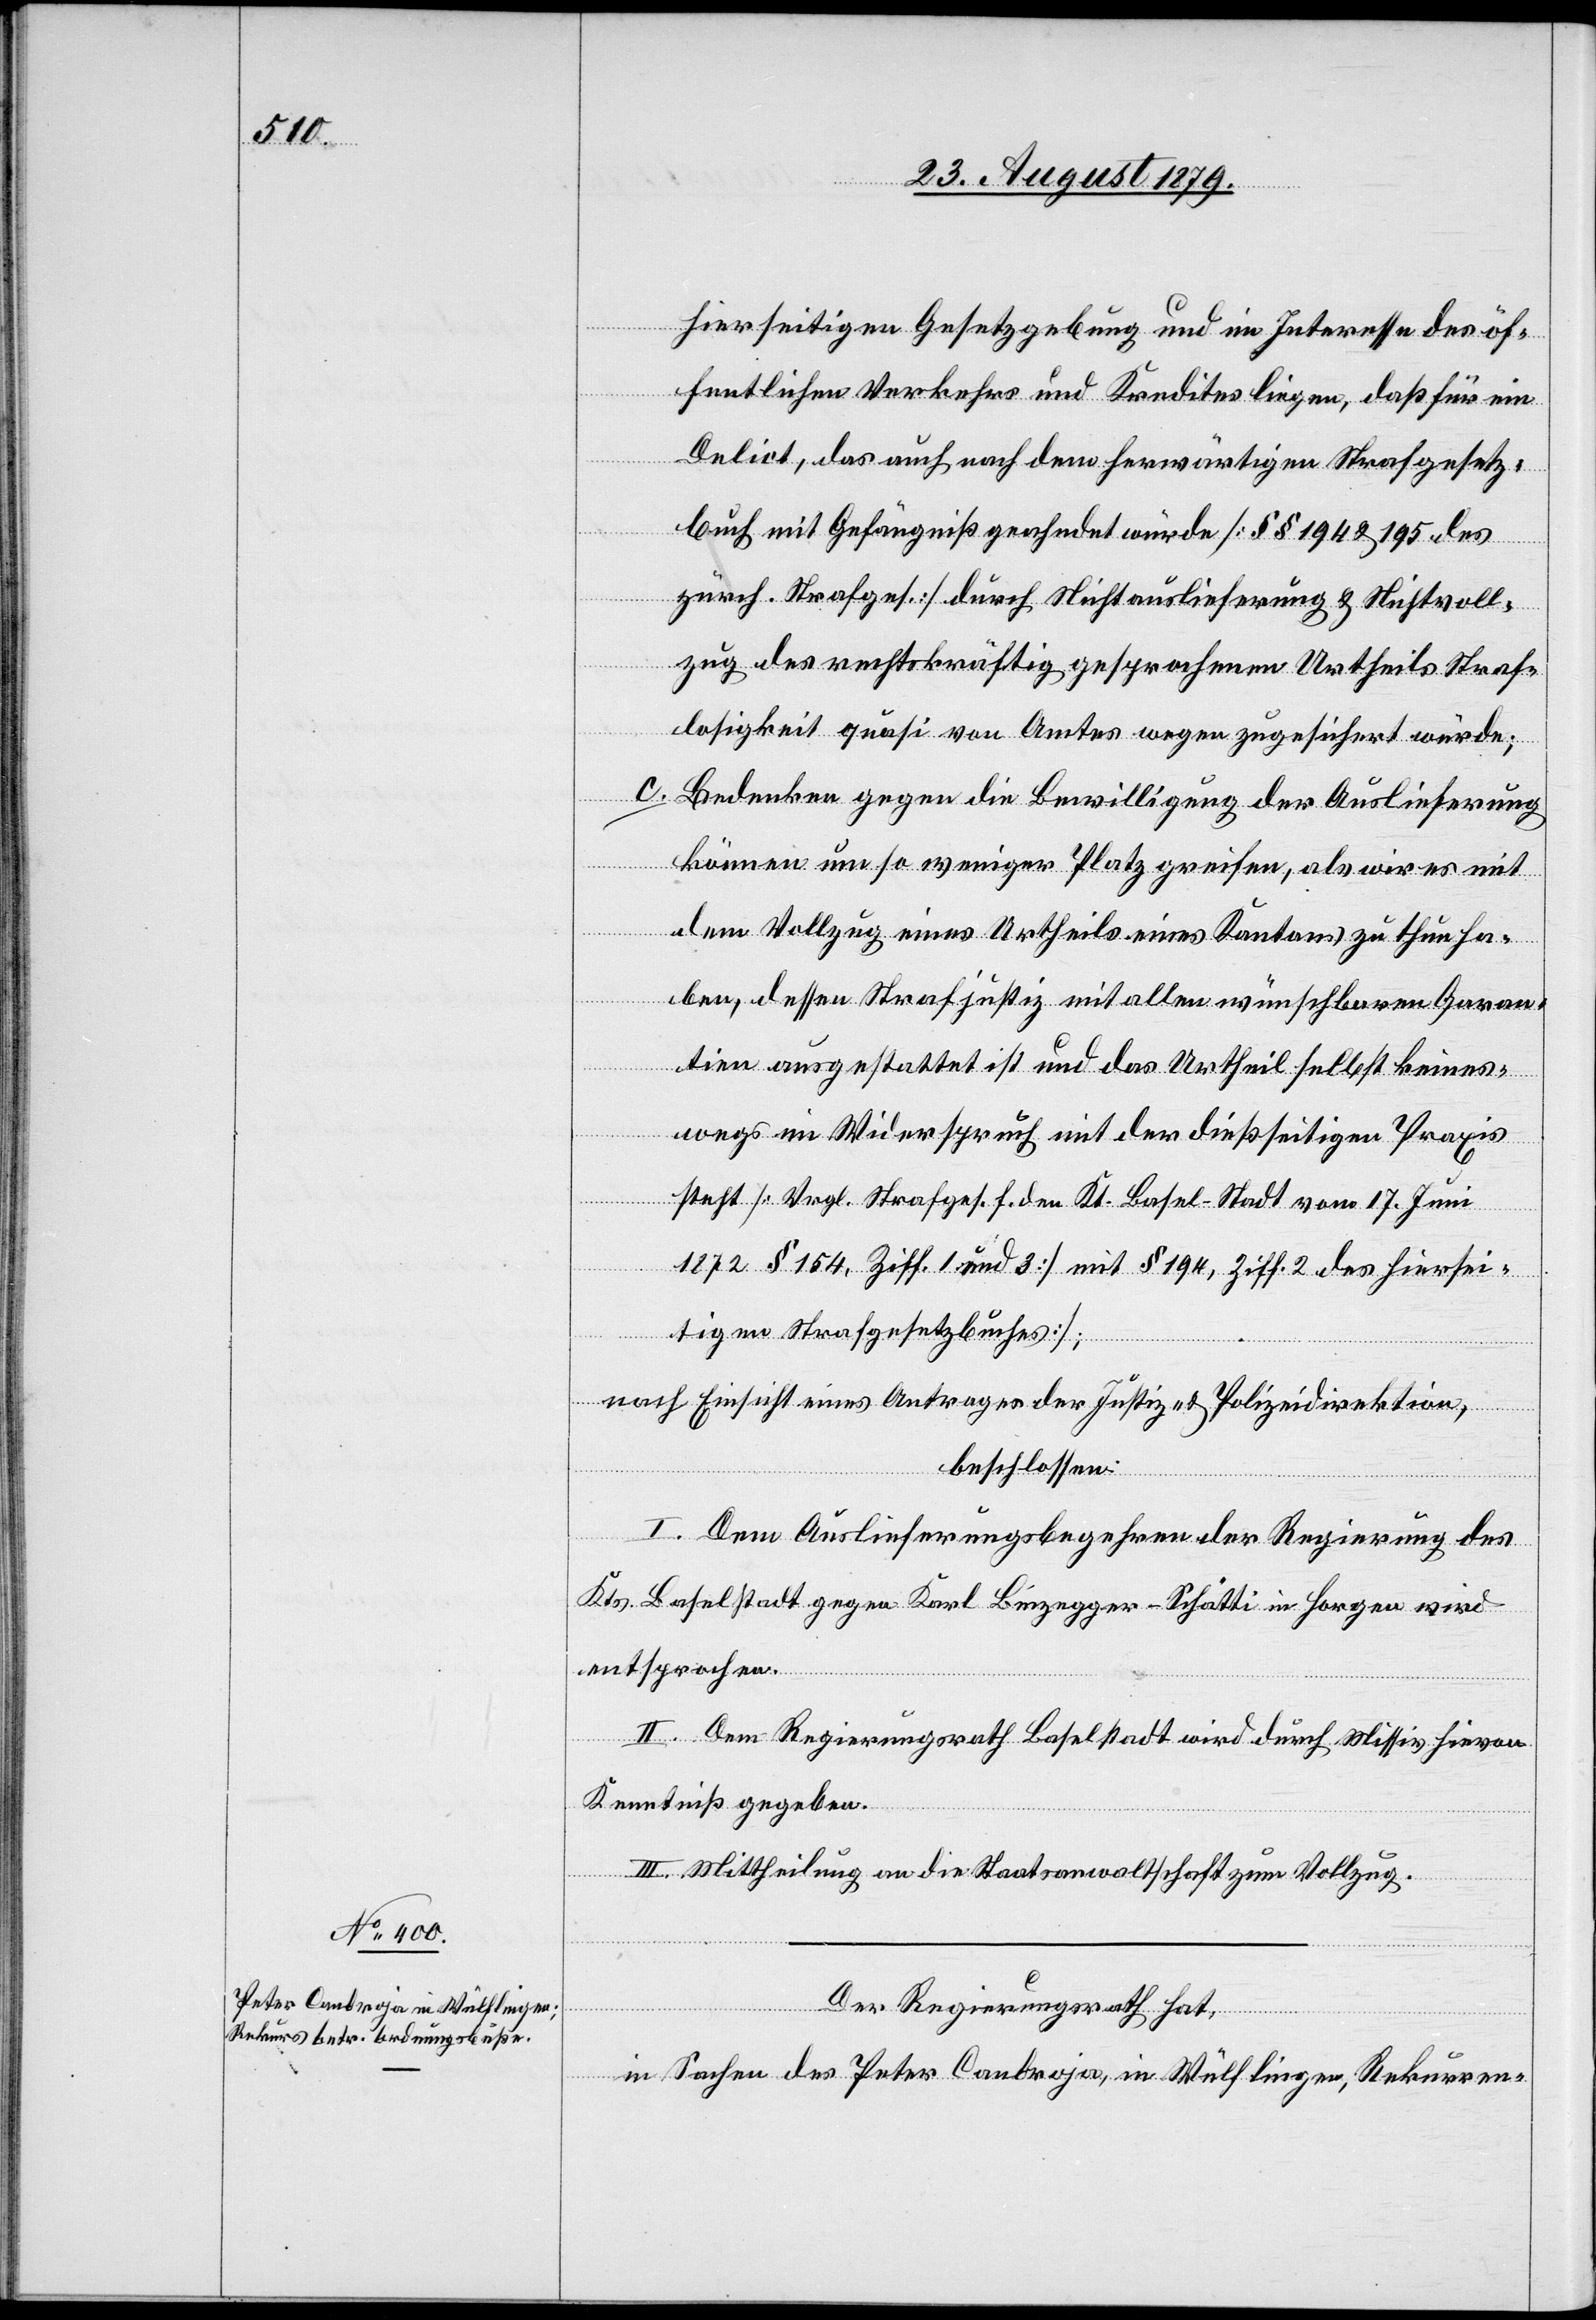
hierseitigen Gesetzgebung und im Interesse des öf¬
fentlichen Verkehrs und Kredites liegen, daß für ein
Delict, das auch nach dem herwärtigen Strafgesetz¬
buch mit Gefängniß geahndet würde [§§ 194 & 195 des
zürch. Strafges.] durch Nichtauslieferung & Nichtvoll¬
zug des rechtskräftig gesprochenen Urtheils Straf¬
losigkeit quasi von Amtes wegen zugesichert würde;
Bedenken gegen die Bewilligung der Auslieferung
können um so weniger Platz greifen, als wir es mit
dem Vollzug eines Urtheils eines Kantons zu thun ha¬
ben, dessen Strafjustiz mit allen wünschbaren Garan¬
tien ausgestattet ist und das Urtheil selbst keines¬
wegs im Widerspruch mit der dießseitigen Praxis
steht [Vergl. Strafges. f. den Kt. Basel-Stadt vom 17. Juni
1872 § 154. Ziff. 1 und 3] mit § 194, Ziff. 2 des hiersei¬
tigen Strafgesetzbuches];
nach Einsicht eines Antrages der Justiz- & Polizeidirektion,
beschlossen:
I. Dem Auslieferungsbegehren der Regierung des
Kts. Baselstadt gegen Karl Binzegger-Schätti in Horgen wird
entsprochen.
II. Dem Regierungsrath Baselstadt wird durch Missiv hievon
Kenntniß gegeben.
III. Mittheilung an die Staatsanwaltschaft zum Vollzug.
Der Regierungsrath hat,
in Sachen des Peter Candroja, in Wülflingen, Rekurren-